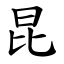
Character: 昆